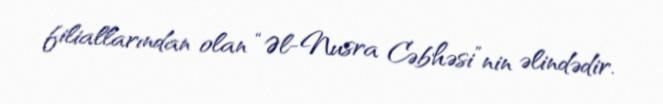
filiallarından olan “Əl-Nusra Cəbhəsi”nin əlindədir.